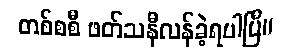
တစ်စစီ ဖတ်သနီလန်ခဲ့ရပါပြီ။